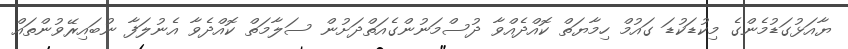
ޔާއަޅުގަޑުމެންގެ މިކުޑަކުޑަ ގައުމް ހިމާޔަތް ކޮއްދެއްވާ ދުސްމަނުންގެއަތްދަށުން ސަލާމަތް ކޮއްދެވާ އެނުލަފާ ނުބައިރޭވުންތައް